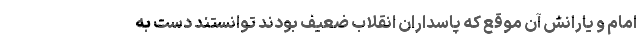
امام و یارانش آن موقع که پاسداران انقلاب ضعیف بودند توانستند دست به